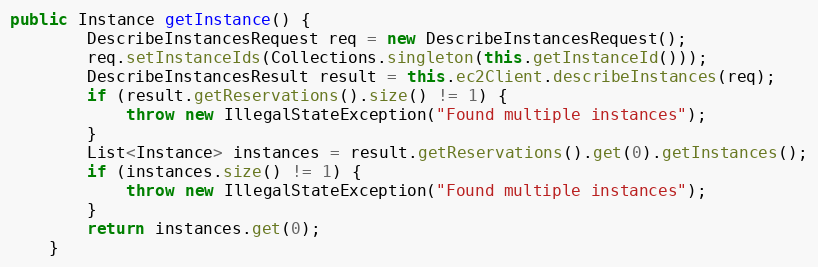
Language: Java
public Instance getInstance() {
        DescribeInstancesRequest req = new DescribeInstancesRequest();
        req.setInstanceIds(Collections.singleton(this.getInstanceId()));
        DescribeInstancesResult result = this.ec2Client.describeInstances(req);
        if (result.getReservations().size() != 1) {
            throw new IllegalStateException("Found multiple instances");
        }
        List<Instance> instances = result.getReservations().get(0).getInstances();
        if (instances.size() != 1) {
            throw new IllegalStateException("Found multiple instances");
        }
        return instances.get(0);
    }